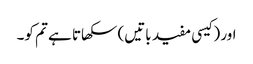
اور (کیسی مفید باتیں) سکھاتا ہے تم کو۔